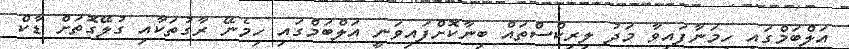
އަލްބަމްގައި ހިމަނާފައިވާ މަދު ލިރިކްސްތައް ބިނާކޮށްފައިވަނީ އަލްބަމްގައި ހިމެނޭ ރާގުތަކާއި ގުލޭގޮތަށް ޑާކް